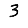
Digit: 3